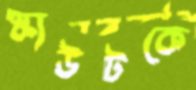
স্কাউটকে